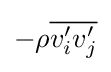
-\rho {\overline {v_{i}^{\prime }v_{j}^{\prime }}}